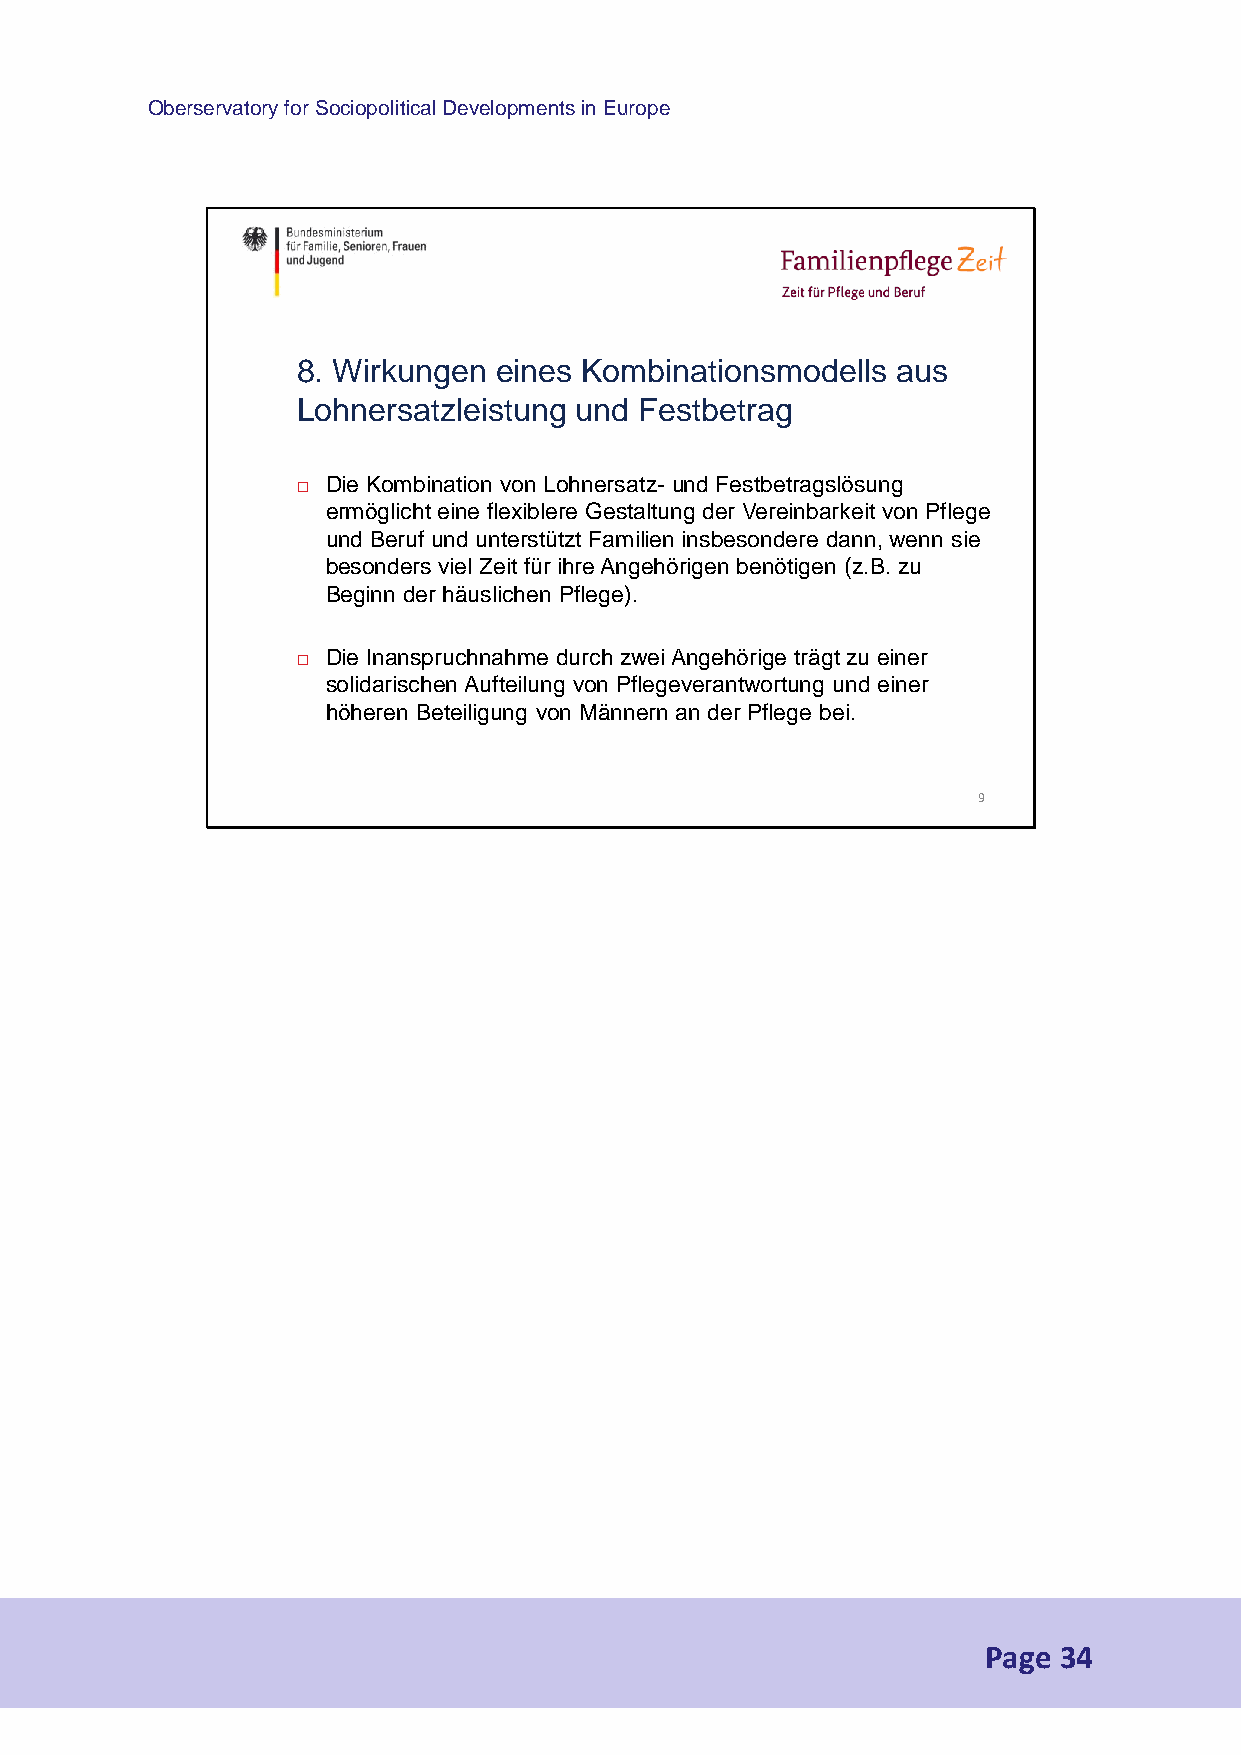
Oberservatory for Sociopolitical Developments in Europe
 8. Wirkungen eines Kombinationsmodells aus
 Lohnersatzleistung und Festbetrag
 Die Kombination von Lohnersatz- und Festbetragslösung
 
 ermöglicht eine flexiblere Gestaltung der Vereinbarkeit von Pflege
 und Beruf und unterstützt Familien insbesondere dann, wenn sie
 besonders viel Zeit für ihre Angehörigen benötigen (z.B. zu
 Beginn der häuslichen Pflege).
 Die Inanspruchnahme durch zwei Angehörige trägt zu einer
 
 solidarischen Aufteilung von Pflegeverantwortung und einer
 höheren Beteiligung von Männern an der Pflege bei.
 9
 Page 34